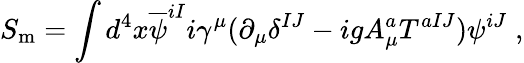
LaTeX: S_{\mathrm{m}}=\int d^{4}x\overline{{{\psi}}}^{iI}i\gamma^{\mu}(\partial_{\mu}\delta^{IJ}-igA_{\mu}^{a}T^{aIJ})\psi^{iJ}\; ,